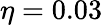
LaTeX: \eta=0.03